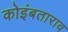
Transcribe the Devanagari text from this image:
कोइंबताराव